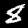
Digit: 8